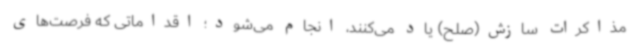
مذاکرات سازش(صلح) یاد می‌کنند، انجام می‌شود؛ اقداماتی که فرصت‌های